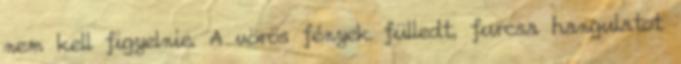
nem kell figyelnie. A vörös fények fülledt, furcsa hangulatot